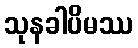
သုနခါပိမဿ